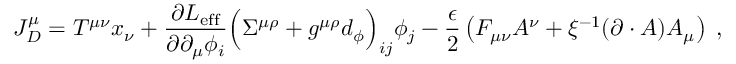
J _ { D } ^ { \mu } = T ^ { \mu \nu } x _ { \nu } + { \frac { \partial { \cal L } _ { \mathrm { e f f } } } { \partial \partial _ { \mu } \phi _ { i } } } \Big ( \Sigma ^ { \mu \rho } + g ^ { \mu \rho } d _ { \phi } \Big ) _ { i j } \phi _ { j } - { \frac { \epsilon } { 2 } } \left( F _ { \mu \nu } A ^ { \nu } + \xi ^ { - 1 } ( \partial \cdot A ) A _ { \mu } \right) \; ,